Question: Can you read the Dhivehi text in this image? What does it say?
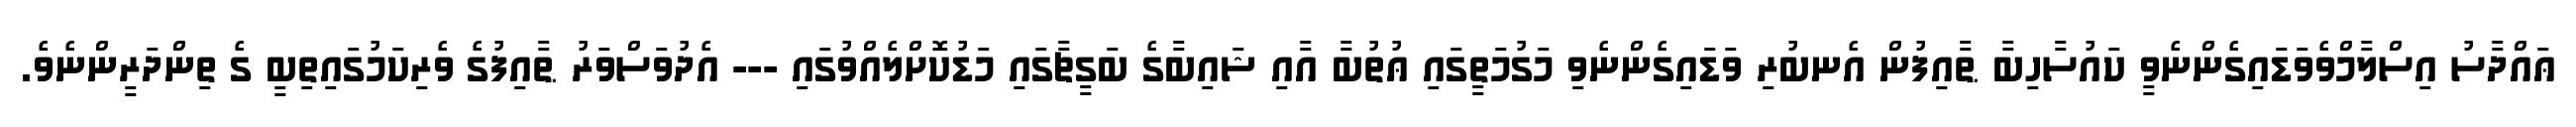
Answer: ޢައްދާސު އިސްލާމްވެވަޑައިގެންނެވީ ކައުސާހިބާ ޠާއިފުން އެނބުރި ވަޑައިގެންނެވި މަގުމަތީގައި ޢުތުބާ އާއި ޝައިބާގެ ބަގީޗާގައި މަޑުކޮށްލެއްވުގައި --- އެދުވަސްވަރު ޠާއިފުގެ ވެރިކަމުގައިތިބީ ގެ ތިންދަރީންނެވެ.